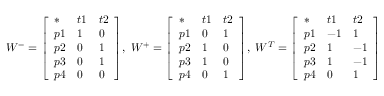
W ^ { - } = { \left[ \begin{array} { l l l } { * } & { t 1 } & { t 2 } \\ { p 1 } & { 1 } & { 0 } \\ { p 2 } & { 0 } & { 1 } \\ { p 3 } & { 0 } & { 1 } \\ { p 4 } & { 0 } & { 0 } \end{array} \right] } , \ W ^ { + } = { \left[ \begin{array} { l l l } { * } & { t 1 } & { t 2 } \\ { p 1 } & { 0 } & { 1 } \\ { p 2 } & { 1 } & { 0 } \\ { p 3 } & { 1 } & { 0 } \\ { p 4 } & { 0 } & { 1 } \end{array} \right] } , \ W ^ { T } = { \left[ \begin{array} { l l l } { * } & { t 1 } & { t 2 } \\ { p 1 } & { - 1 } & { 1 } \\ { p 2 } & { 1 } & { - 1 } \\ { p 3 } & { 1 } & { - 1 } \\ { p 4 } & { 0 } & { 1 } \end{array} \right] }